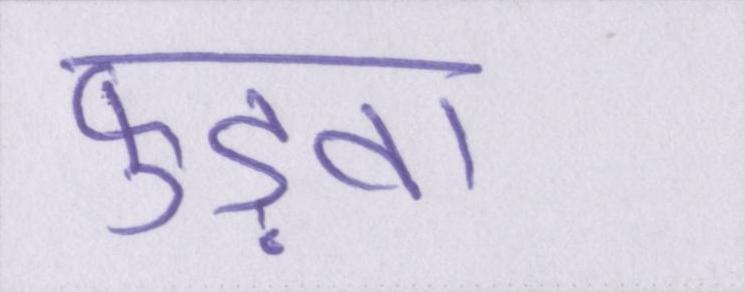
फुड़वा